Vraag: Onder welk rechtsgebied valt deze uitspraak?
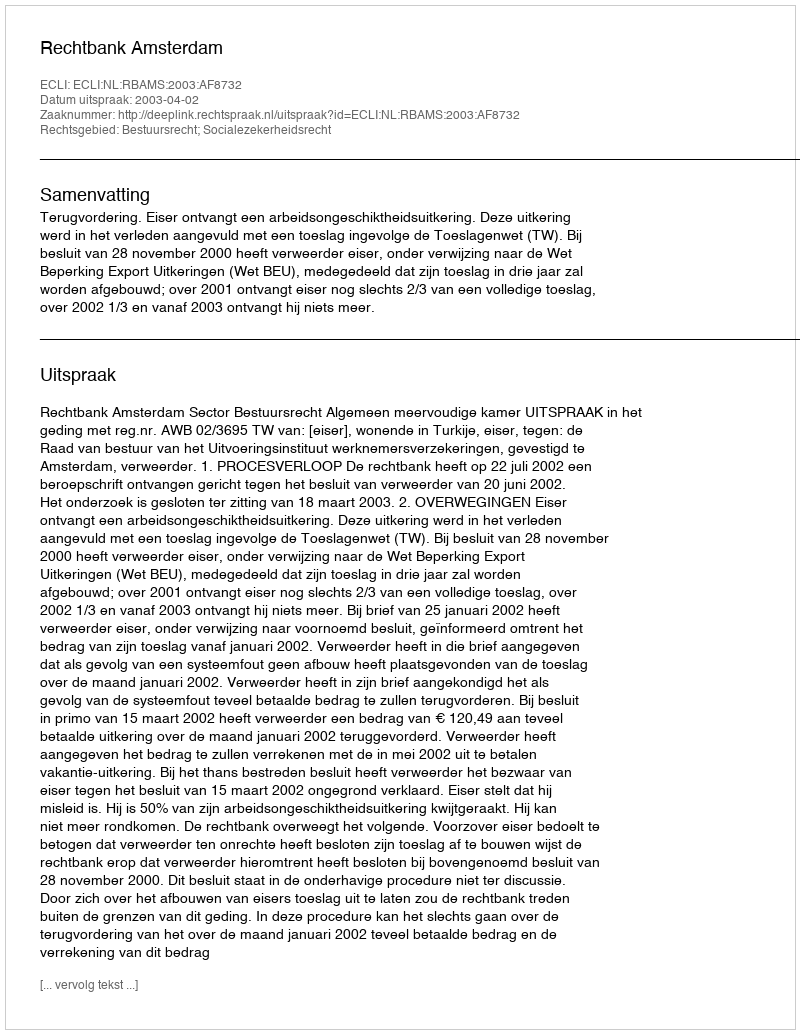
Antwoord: Bestuursrecht; Socialezekerheidsrecht